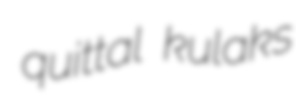
quittal kulaks